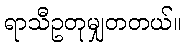
ရာသီဥတုမျှတတယ်။